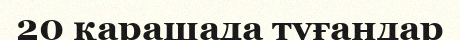
20 қарашада туғандар